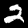
Digit: 2